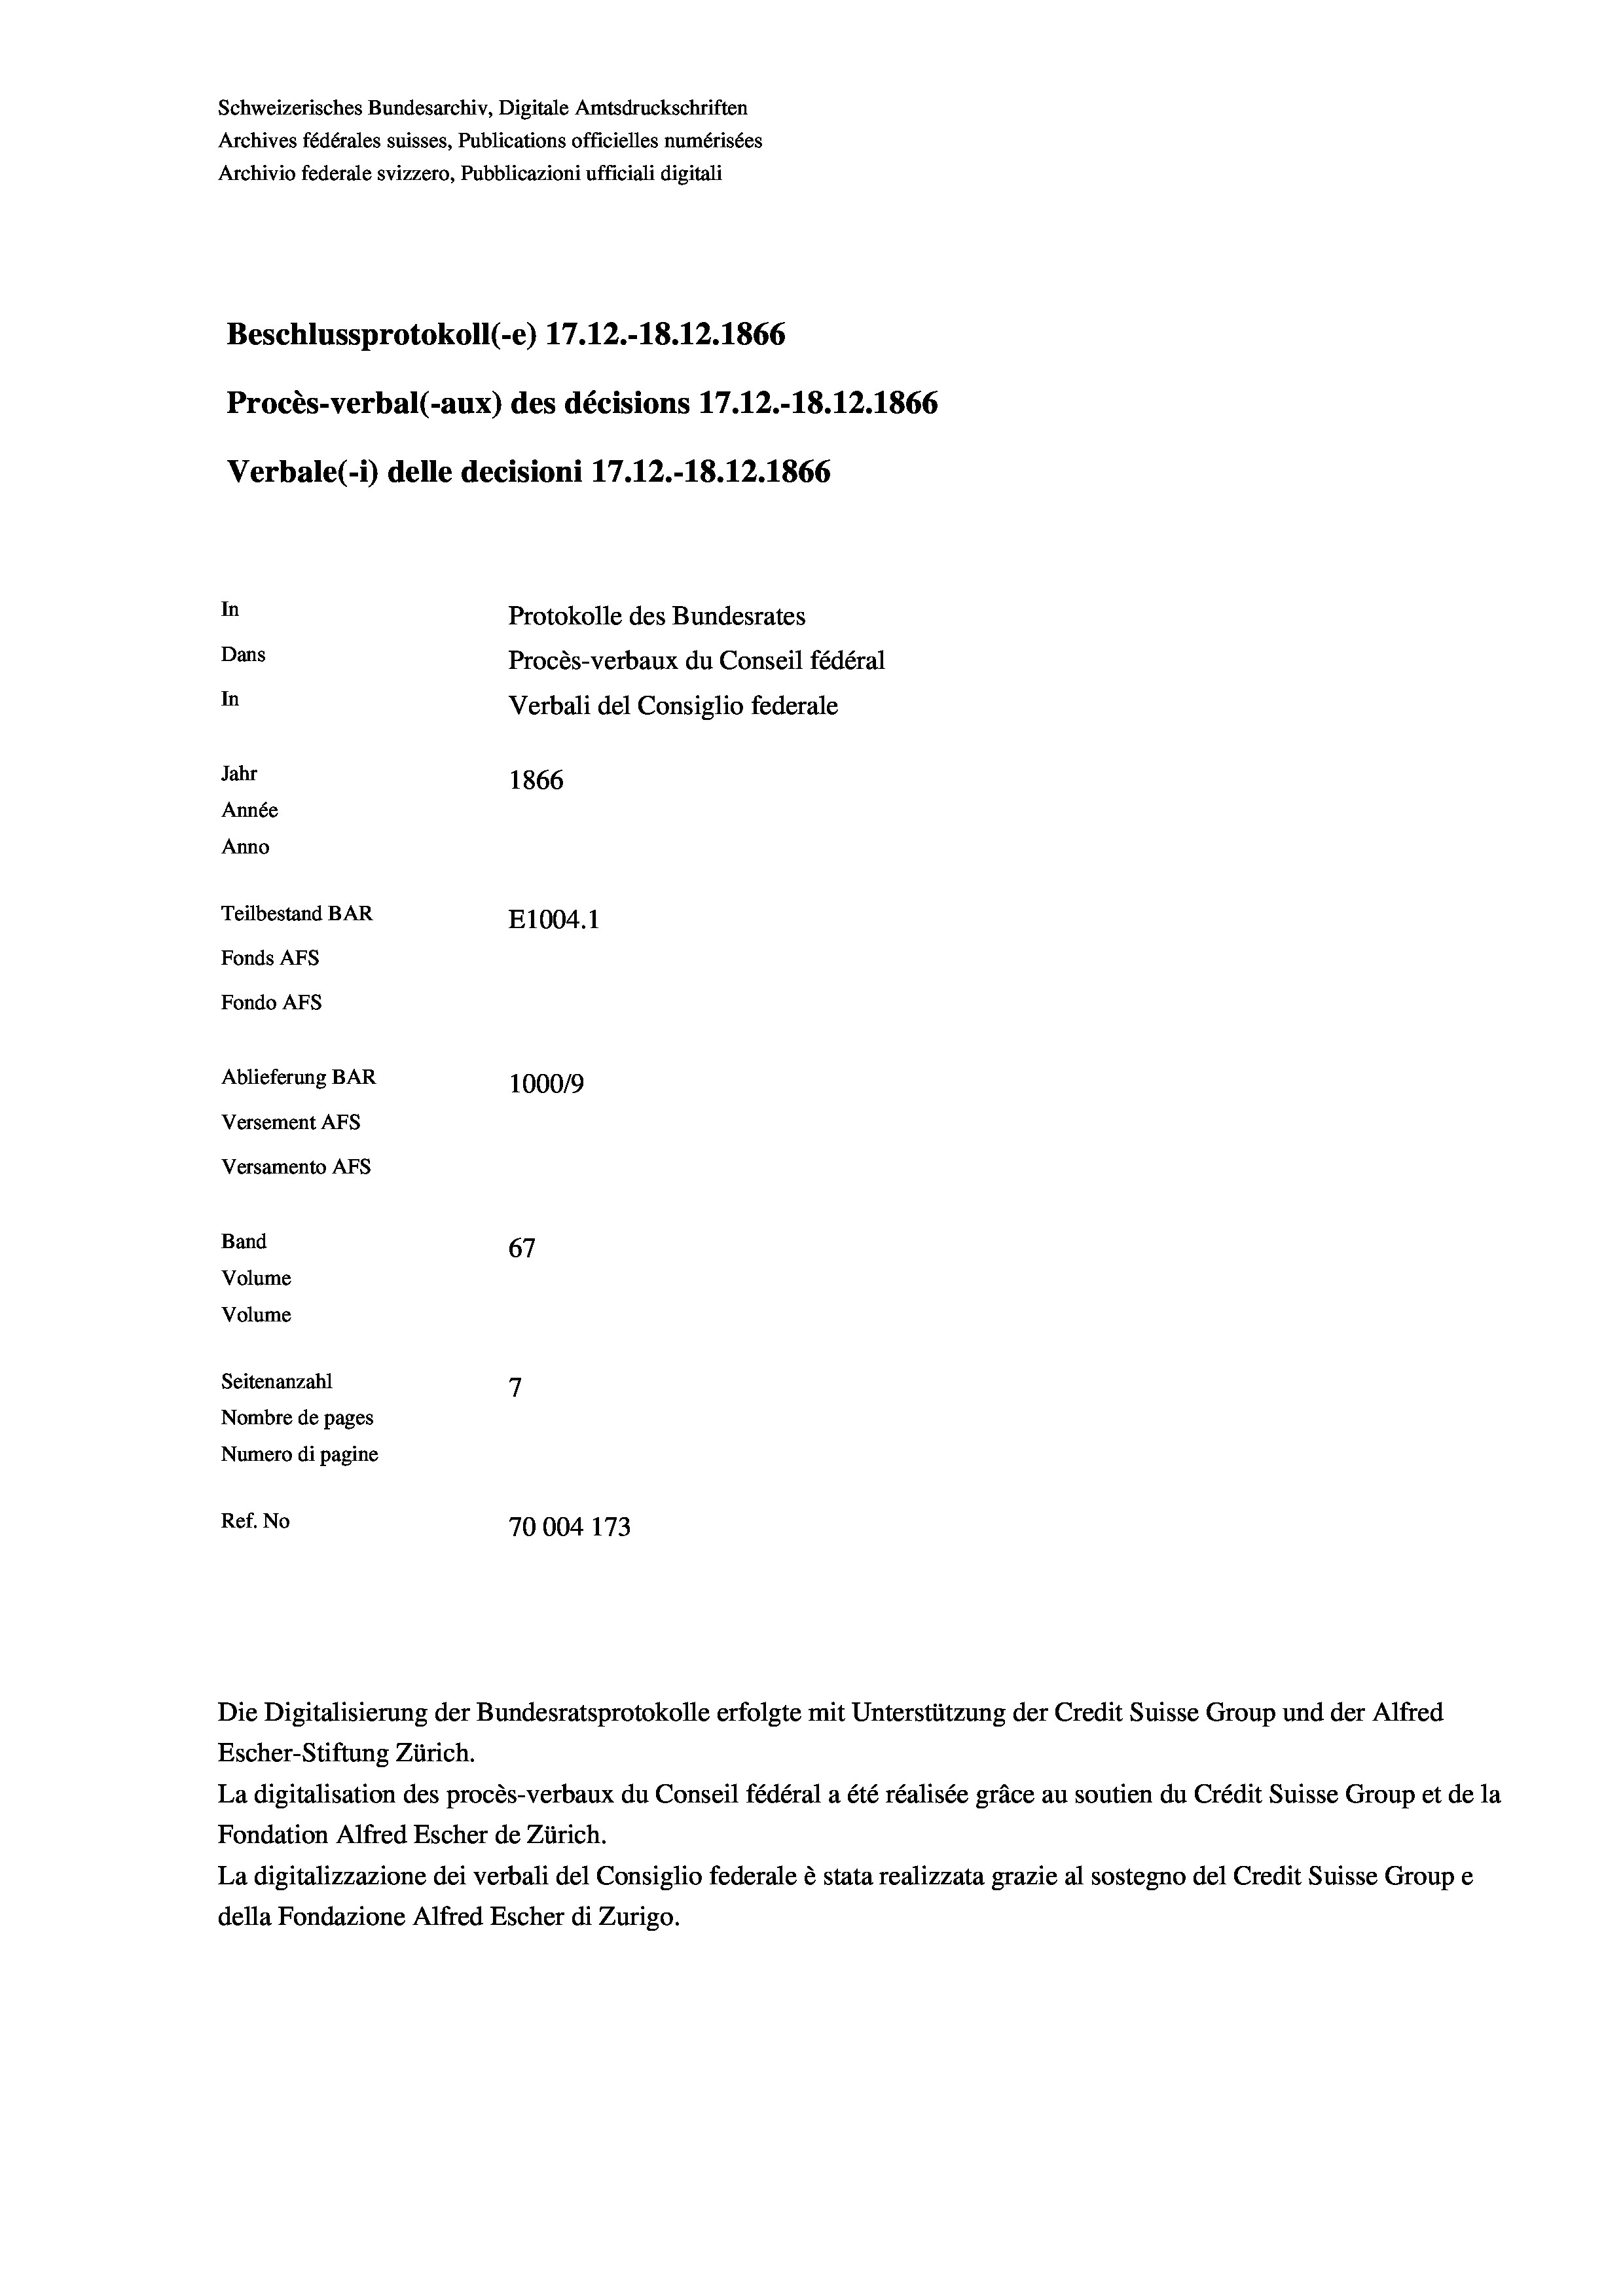
Schweizerisches Bundesarchiv, Digitale Amtsdruckschriften
Archives fédérales suisses, Publications officielles numérisées
Archivio federale svizzero, Pubblicazioni ufficiali digitali
Beschlussprotokoll (-e) 17.12.-18.12.1866
Procès-verbal (-aux) des décisions 17.12.-18. 12. 1866
Verbale(*) delle decisioni 17.12.-18. 12. 1866
In
Protokolle des Bundesrates
Dans
Procès-verbaux du Conseil fédéral
In
Verbali del Consiglio federale
Jahr
1866
Année
Anno
Teilbestand BAR
E1004. 1
Fonds AFs
Fondo AFS
Ablieferung BAR
100019
Versement As
Versamento AFs
Band
67
Volume
Volume
7
Seitenanzahl
Nombre de pages
Numero di pagine
Ref. No
70004 173

Die Digitalisierung der Bundesratsprotokolle erfolgte mit Unterstützung der Credit Suisse Group und der Alfred

Escher-Stiftung Zürich.
La digitalisation des procès-verbaux du Conseil fédéral a été réalisée gräce au soutien du Crédit Suisse Group et de la
Fondation Alfred Escher de Zürich.
La digitalizzazione dei verbali del Consiglio federale è stata realizzata grazie al sostegno del Credit Suisse Groupe
della Fondazione Alfred Escher di Zurigo.